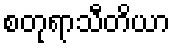
စတုရာသီတိယာ